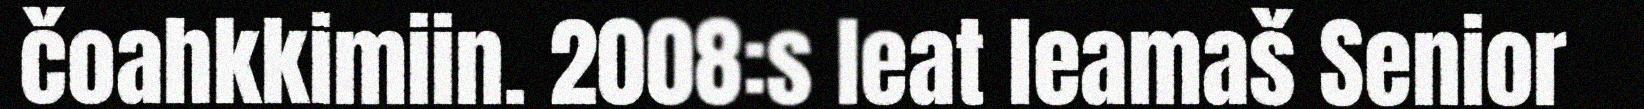
čoahkkimiin. 2008:s leat leamaš Senior